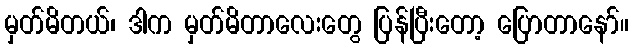
မှတ်မိတယ်၊ ဒါက မှတ်မိတာလေးတွေ ပြန်ပြီးတော့ ပြောတာနော်။